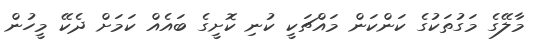
މާލޭގެ މަގުތަކުގެ ކަންކަން މައްޗަކީ ކުނި ކޮށީގެ ބައެއް ކަމަށް ދެކޭ މީހުން